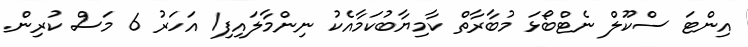
އިންޓަ ސްކޫލް ނެޓްބޯޅަ މުބާރާތް ކާމިޔާބުކަމާއެކު ނިންމާލައިފި1 އަހަރު 6 މަސް ކުރިން.